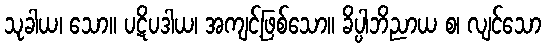
သုခါယ၊ သော။ ပဋိပဒါယ၊ အကျင့်ဖြစ်သော။ ခိပ္ပါဘိညာယ စ၊ လျင်သော